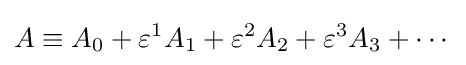
A\equiv A_{0}+\varepsilon ^{1}A_{1}+\varepsilon ^{2}A_{2}+\varepsilon ^{3}A_{3}+\cdots